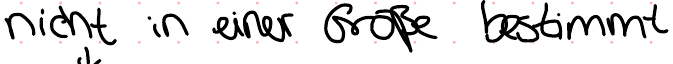
nicht in einer Größe bestimmt